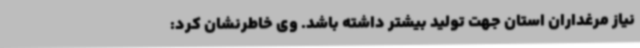
نیاز مرغداران استان جهت تولید بیشتر داشته باشد. وی خاطرنشان کرد: